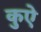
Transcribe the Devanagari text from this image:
कुऐ